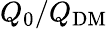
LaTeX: Q_{0}/Q_{\mathrm{DM}}